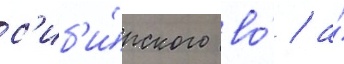
с'иб'и́рского во́ / а́